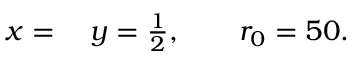
\begin{array} { r l } { x = { } } & { { } y = \frac { 1 } { 2 } , \qquad r _ { 0 } = 5 0 . } \end{array}